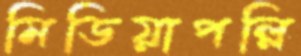
মিডিয়াপল্লি